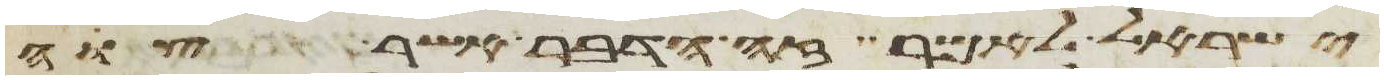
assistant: ישראל לאמר זה הדבר אשר צוה